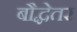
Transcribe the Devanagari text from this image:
बौद्धेतर